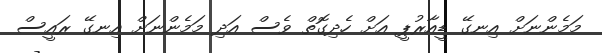
މަމެންނަށް އިނގޭ ޑީއާރުޕީ އަށް ހެދިގޮތް ވެސް އަދި މަމެންނަށް އިނގޭ ރައީސް